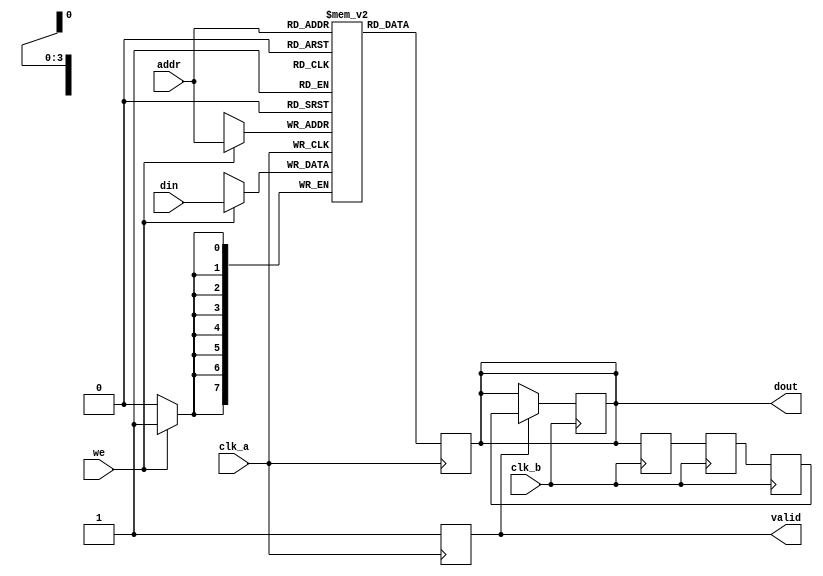
module MemoryBlock #(
    parameter DATA_WIDTH = 8,         // Data width
    parameter ADDR_WIDTH = 4,         // Address width
    parameter DELAY_CYCLES = 3        // Number of delay cycles for safe delay line
)(
    input wire clk_a,                  // Clock for memory access
    input wire clk_b,                  // Clock for synchronization
    input wire [ADDR_WIDTH-1:0] addr, // Address for memory access
    input wire [DATA_WIDTH-1:0] din,  // Data input
    input wire we,                     // Write enable
    output reg [DATA_WIDTH-1:0] dout, // Data output
    output reg valid                   // Valid signal for synchronization
);

    // Memory array
    reg [DATA_WIDTH-1:0] memory [(2**ADDR_WIDTH)-1:0];

    // Safe Delay Line
    reg [DATA_WIDTH-1:0] delay_line [DELAY_CYCLES-1:0];

    // Write operation
    always @(posedge clk_a) begin
        if (we) begin
            memory[addr] <= din; // Write data to memory
        end
    end

    // Read operation with synchronization
    always @(posedge clk_a) begin
        dout <= memory[addr]; // Read data from memory
        valid <= 1'b1;        // Indicate valid data
    end

    // Safe Delay Line Implementation
    integer i;
    always @(posedge clk_b) begin
        // Shift the delay line
        for (i = DELAY_CYCLES-1; i > 0; i = i - 1) begin
            delay_line[i] <= delay_line[i-1];
        end
        delay_line[0] <= dout; // Load the current output into the delay line
    end

    // Final output after delay
    always @(posedge clk_b) begin
        if (valid) begin
            dout <= delay_line[DELAY_CYCLES-1]; // Output the last delayed value
        end
    end

endmodule